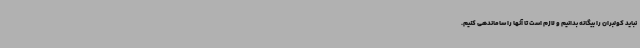
نباید کولبران را بیگانه بدانیم و لازم است تا آنها را ساماندهی کنیم.